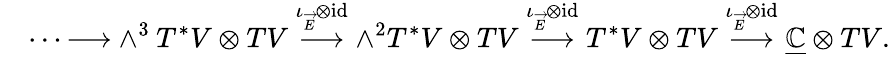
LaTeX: \quad\cdots{\longrightarrow}\wedge^{3}T^{*}V\otimes TV\stackrel{\iota_{\overrightarrow{E}}\otimes\mathrm{id}}{\longrightarrow}\wedge^{2}T^{*}V\otimes TV\stackrel{\iota_{\overrightarrow{E}}\otimes\mathrm{id}}{\longrightarrow}T^{*}V\otimes TV\stackrel{\iota_{\overrightarrow{E}}\otimes\mathrm{id}}{\longrightarrow}\underline{{\mathbb C}}\otimes TV.